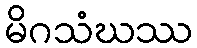
မိဂသံဃဿ